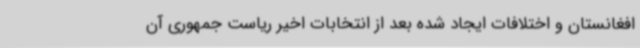
افغانستان و اختلافات ایجاد شده بعد از انتخابات اخیر ریاست جمهوری آن